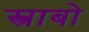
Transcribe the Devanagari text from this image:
स्त्राबो